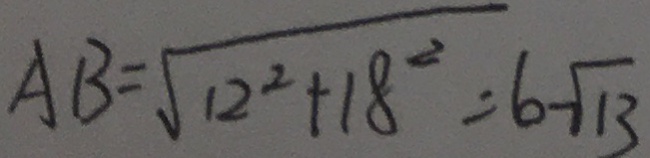
A B = \sqrt { 1 2 ^ { 2 } + 1 8 ^ { 2 } } = 6 \sqrt { 1 3 }